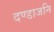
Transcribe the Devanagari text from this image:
दण्डाजनि